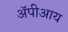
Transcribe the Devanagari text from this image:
ॲपीआय